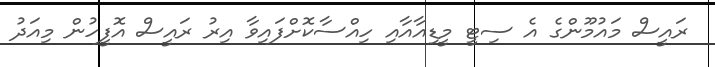
ރައީސް މައުމޫންގެ އެ ސިޓީ މީޑިއާއާއި ހިއްސާކޮށްފައިވާ އިރު ރައީސް އޮފީހުން މިއަދު